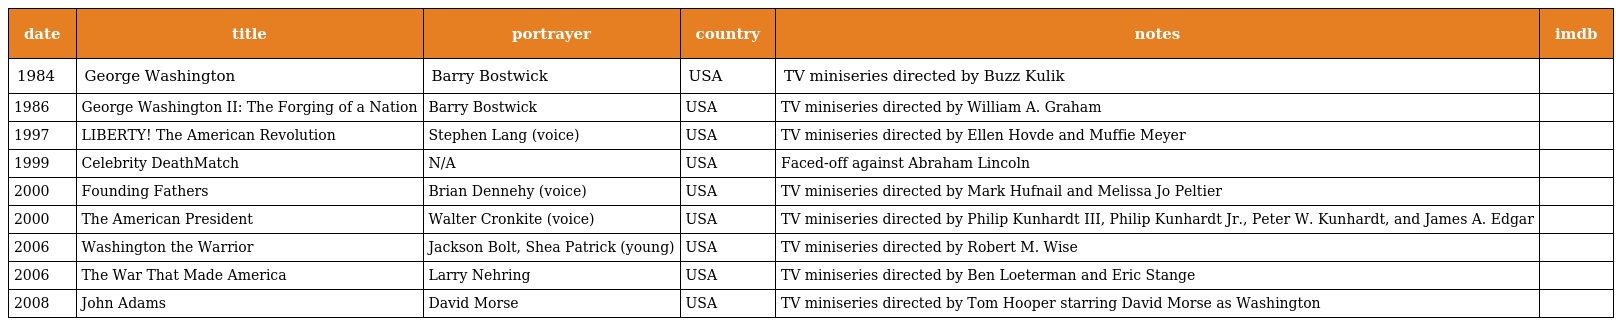
| date | title | portrayer | country | notes | imdb |
 | --- | --- | --- | --- | --- | --- |
 | 1984 | George Washington | Barry Bostwick | USA | TV miniseries directed by Buzz Kulik |  |
 | 1986 | George Washington II: The Forging of a Nation | Barry Bostwick | USA | TV miniseries directed by William A. Graham |  |
 | 1997 | LIBERTY! The American Revolution | Stephen Lang (voice) | USA | TV miniseries directed by Ellen Hovde and Muffie Meyer |  |
 | 1999 | Celebrity DeathMatch | N/A | USA | Faced-off against Abraham Lincoln |  |
 | 2000 | Founding Fathers | Brian Dennehy (voice) | USA | TV miniseries directed by Mark Hufnail and Melissa Jo Peltier |  |
 | 2000 | The American President | Walter Cronkite (voice) | USA | TV miniseries directed by Philip Kunhardt III, Philip Kunhardt Jr., Peter W. Kunhardt, and James A. Edgar |  |
 | 2006 | Washington the Warrior | Jackson Bolt, Shea Patrick (young) | USA | TV miniseries directed by Robert M. Wise |  |
 | 2006 | The War That Made America | Larry Nehring | USA | TV miniseries directed by Ben Loeterman and Eric Stange |  |
 | 2008 | John Adams | David Morse | USA | TV miniseries directed by Tom Hooper starring David Morse as Washington |  |